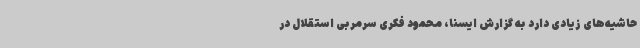
حاشیه‌های زیادی دارد به گزارش ایسنا، محمود فکری سرمربی استقلال در